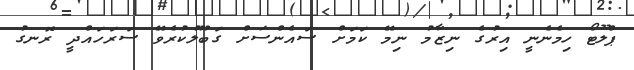
ޕްލޫޓޯ ހިމެނެނީ އިރުގެ ނިޒާމު ނިމޭ ކަމަށް ސައެންސަށް ގަބޫލުކުރެވޭ ސަރަހައްދީ ރޮނގު